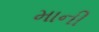
માની